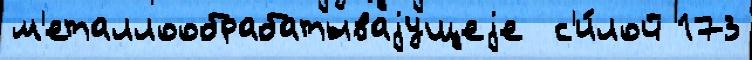
м'еталлообрабатываjущеjе  с'и́лой 173